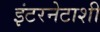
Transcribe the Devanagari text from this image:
इंटरनेटाशी